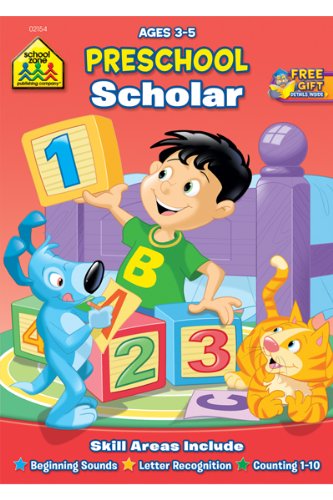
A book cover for Preschool Scholar; Joan Hoffman; Children's Books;